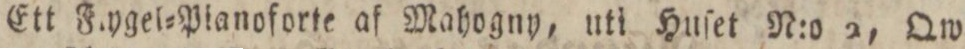
Ett Fiygel=Pianoforte af Mahogny, uti Huſet N:o 2, Qw.